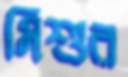
মিশুর